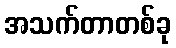
အသက်တာတစ်ခု